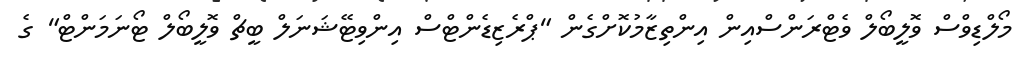
މޯލްޑިވްސް ވޮލީބޯލް ވެޓްރަންސްއިން އިންތިޒާމުކޮށްގެން "ޕްރެޒިޑެންޓްސް އިންވިޓޭޝަނަލް ބީޗް ވޮލީބޯލް ޓޯނަމަންޓް" ގެ